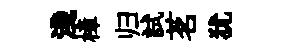
淺樟归試茗犹